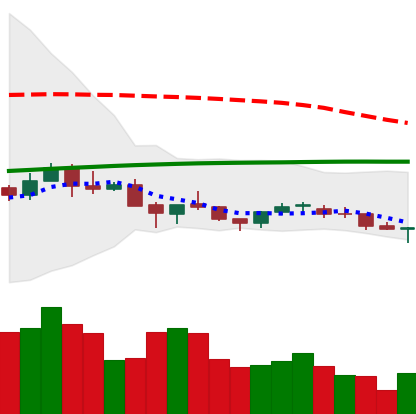
Ticker: NEO-USD
Chart end date: 2021-06-20
Forward return: -29.902%
Label: down_7plus